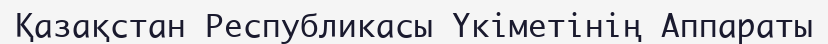
Қазақстан Республикасы Үкіметінің Аппараты